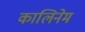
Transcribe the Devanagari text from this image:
कालिनेम